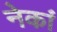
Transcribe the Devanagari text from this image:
नेकां